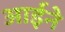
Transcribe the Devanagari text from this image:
आर्इने